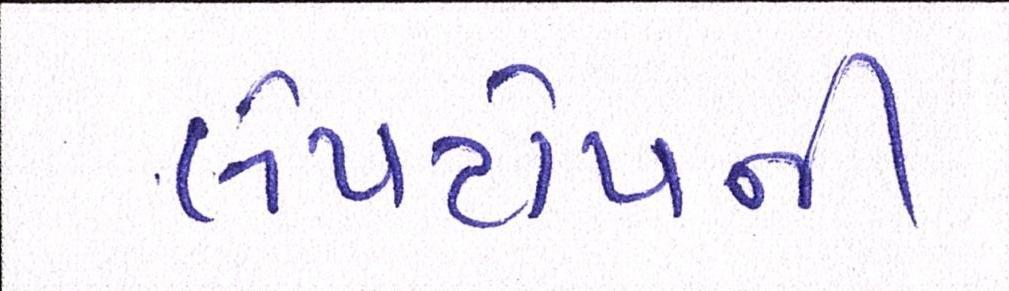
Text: લેપટોપની